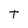
Character: t